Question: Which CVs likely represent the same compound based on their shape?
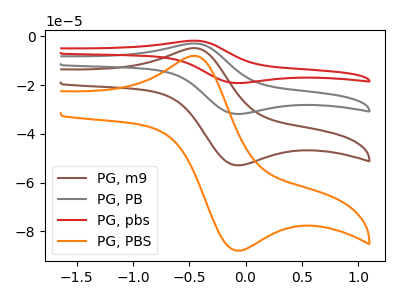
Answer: <think>The brown curve "PG, m9" has an anodic peak at (-0.45V, -4.80uA) and a cathodic peak at (-0.05V, -52.90uA). The gray curve "PG, PB" has an anodic peak at (-0.45V, -9.60uA) and a cathodic peak at (-0.05V, -105.75uA). The red curve "PG, pbs" has an anodic peak at (-0.45V, -14.40uA) and a cathodic peak at (-0.05V, -158.65uA). The orange curve "PG, PBS" has an anodic peak at (-0.45V, -8.00uA) and a cathodic peak at (-0.05V, -87.90uA).
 All the peaks in "PG, m9" have a peak in "PG, PB" at the same potential. All the peaks in "PG, m9" have a peak in "PG, pbs" at the same potential. All the peaks in "PG, m9" have a peak in "PG, PBS" at the same potential. All the peaks in "PG, PB" have a peak in "PG, pbs" at the same potential. All the peaks in "PG, PB" have a peak in "PG, PBS" at the same potential. All the peaks in "PG, pbs" have a peak in "PG, PBS" at the same potential.</think>
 <answer>"PG, PBS", "PG, m9", "PG, PB" and "PG, pbs" have the same shape and are likely CV's of the same chemical.</answer>
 <eval>"PG, PBS" "PG, m9" "PG, PB" "PG, pbs"</eval>